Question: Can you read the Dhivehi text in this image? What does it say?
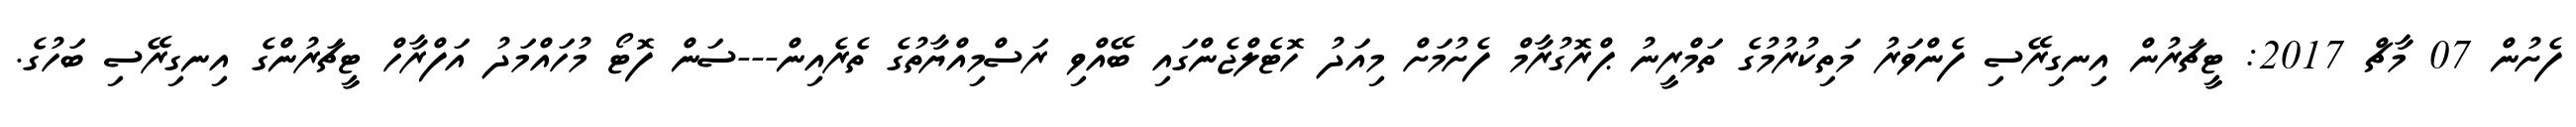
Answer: ފެށުން 07 މާޗް 2017: ޓީޗަރުން އިނގިރޭސި ފެންވަރު މަތިކުރުމުގެ ތަމްރީނު ޕްރޮގުރާމް ފެށުމަށް މިއަދު ހޮޓެލްޖެންގައި ބޭއްވި ރަސްމިއްޔާތުގެ ތެރެއިން---ސަން ފޮޓޯ މުހައްމަދު އަފްރާހް ޓީޗަރުންގެ އިނގިރޭސި ބަހުގެ.